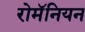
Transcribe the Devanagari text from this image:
रोमॅनियन